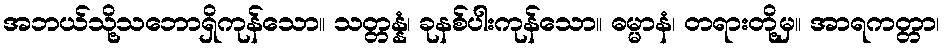
အဘယ်သို့သဘောရှိကုန်သော။ သတ္တန္နံ၊ ခုနစ်ပါးကုန်သော။ ဓမ္မာနံ၊ တရားတို့မှ။ အာရကတ္တာ၊